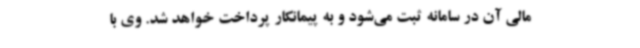
مالی آن در سامانه ثبت می‌شود و به پیمانکار پرداخت خواهد شد. وی با